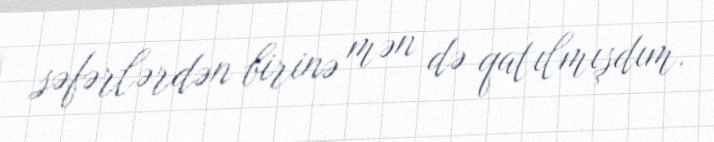
səfərlərdən birinə mən də qatılmışdım.